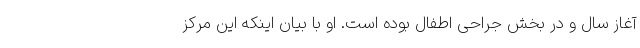
آغاز سال و در بخش جراحی اطفال بوده است. او با بیان اینکه این مرکز